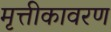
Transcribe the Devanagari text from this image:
मृत्तीकावरण